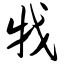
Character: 戕